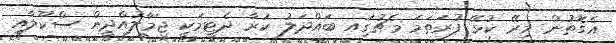
އެގޮތުން މިރޭ ކުޅޭ ފުރަތަމަ މެޗުގަިއ ބައްދަލު ކުރާ ދެޓީމަކީ ޖަމާލުއްދީން ސްކޫލާއި